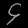
Digit: ၄